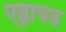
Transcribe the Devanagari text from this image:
एड्रायड